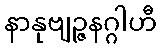
နာနုဗျဉ္ဇနဂ္ဂါဟီ